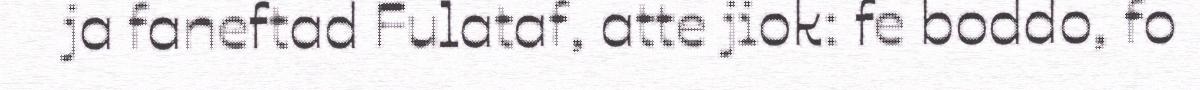
ja faneftad Fulataf, atte jiok: fe boddo, fo